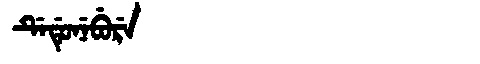
Manchu: ᡩᡝᡩᡠᠨᡝᠪᡠᡵᡝ
Romanization: DEDUNEBURE